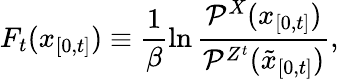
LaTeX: F_{t}(x_{[0,t]})\equiv\frac{1}{\beta}\ln\frac{\mathcal{P}^{X}(x_{[0,t]})}{\mathcal{P}^{Z^{t}}(\tilde{x}_{[0,t]})},